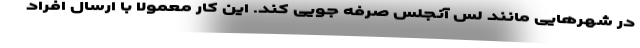
در شهرهایی مانند لس آنجلس صرفه جویی کند. این کار معمولا با ارسال افراد